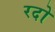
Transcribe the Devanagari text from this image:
रदो